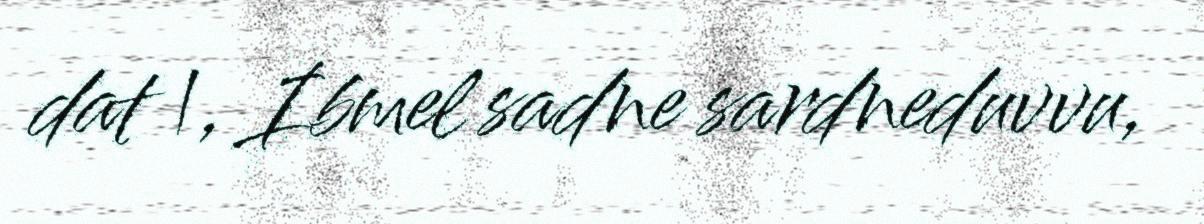
dat |, Ibmel sadne sardneduvvu,